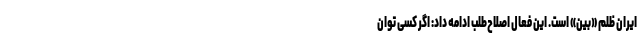
ایران ظلم «بیّن» است. این فعال اصلاح‌طلب ادامه داد: اگر کسی توان